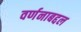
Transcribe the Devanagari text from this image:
वर्णनाबद्दल